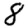
Digit: 8